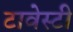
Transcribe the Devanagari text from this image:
टावेस्टी